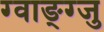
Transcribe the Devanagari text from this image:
ग्वाङ्ग्जु